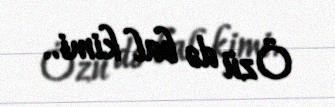
Özü də bal kimi..